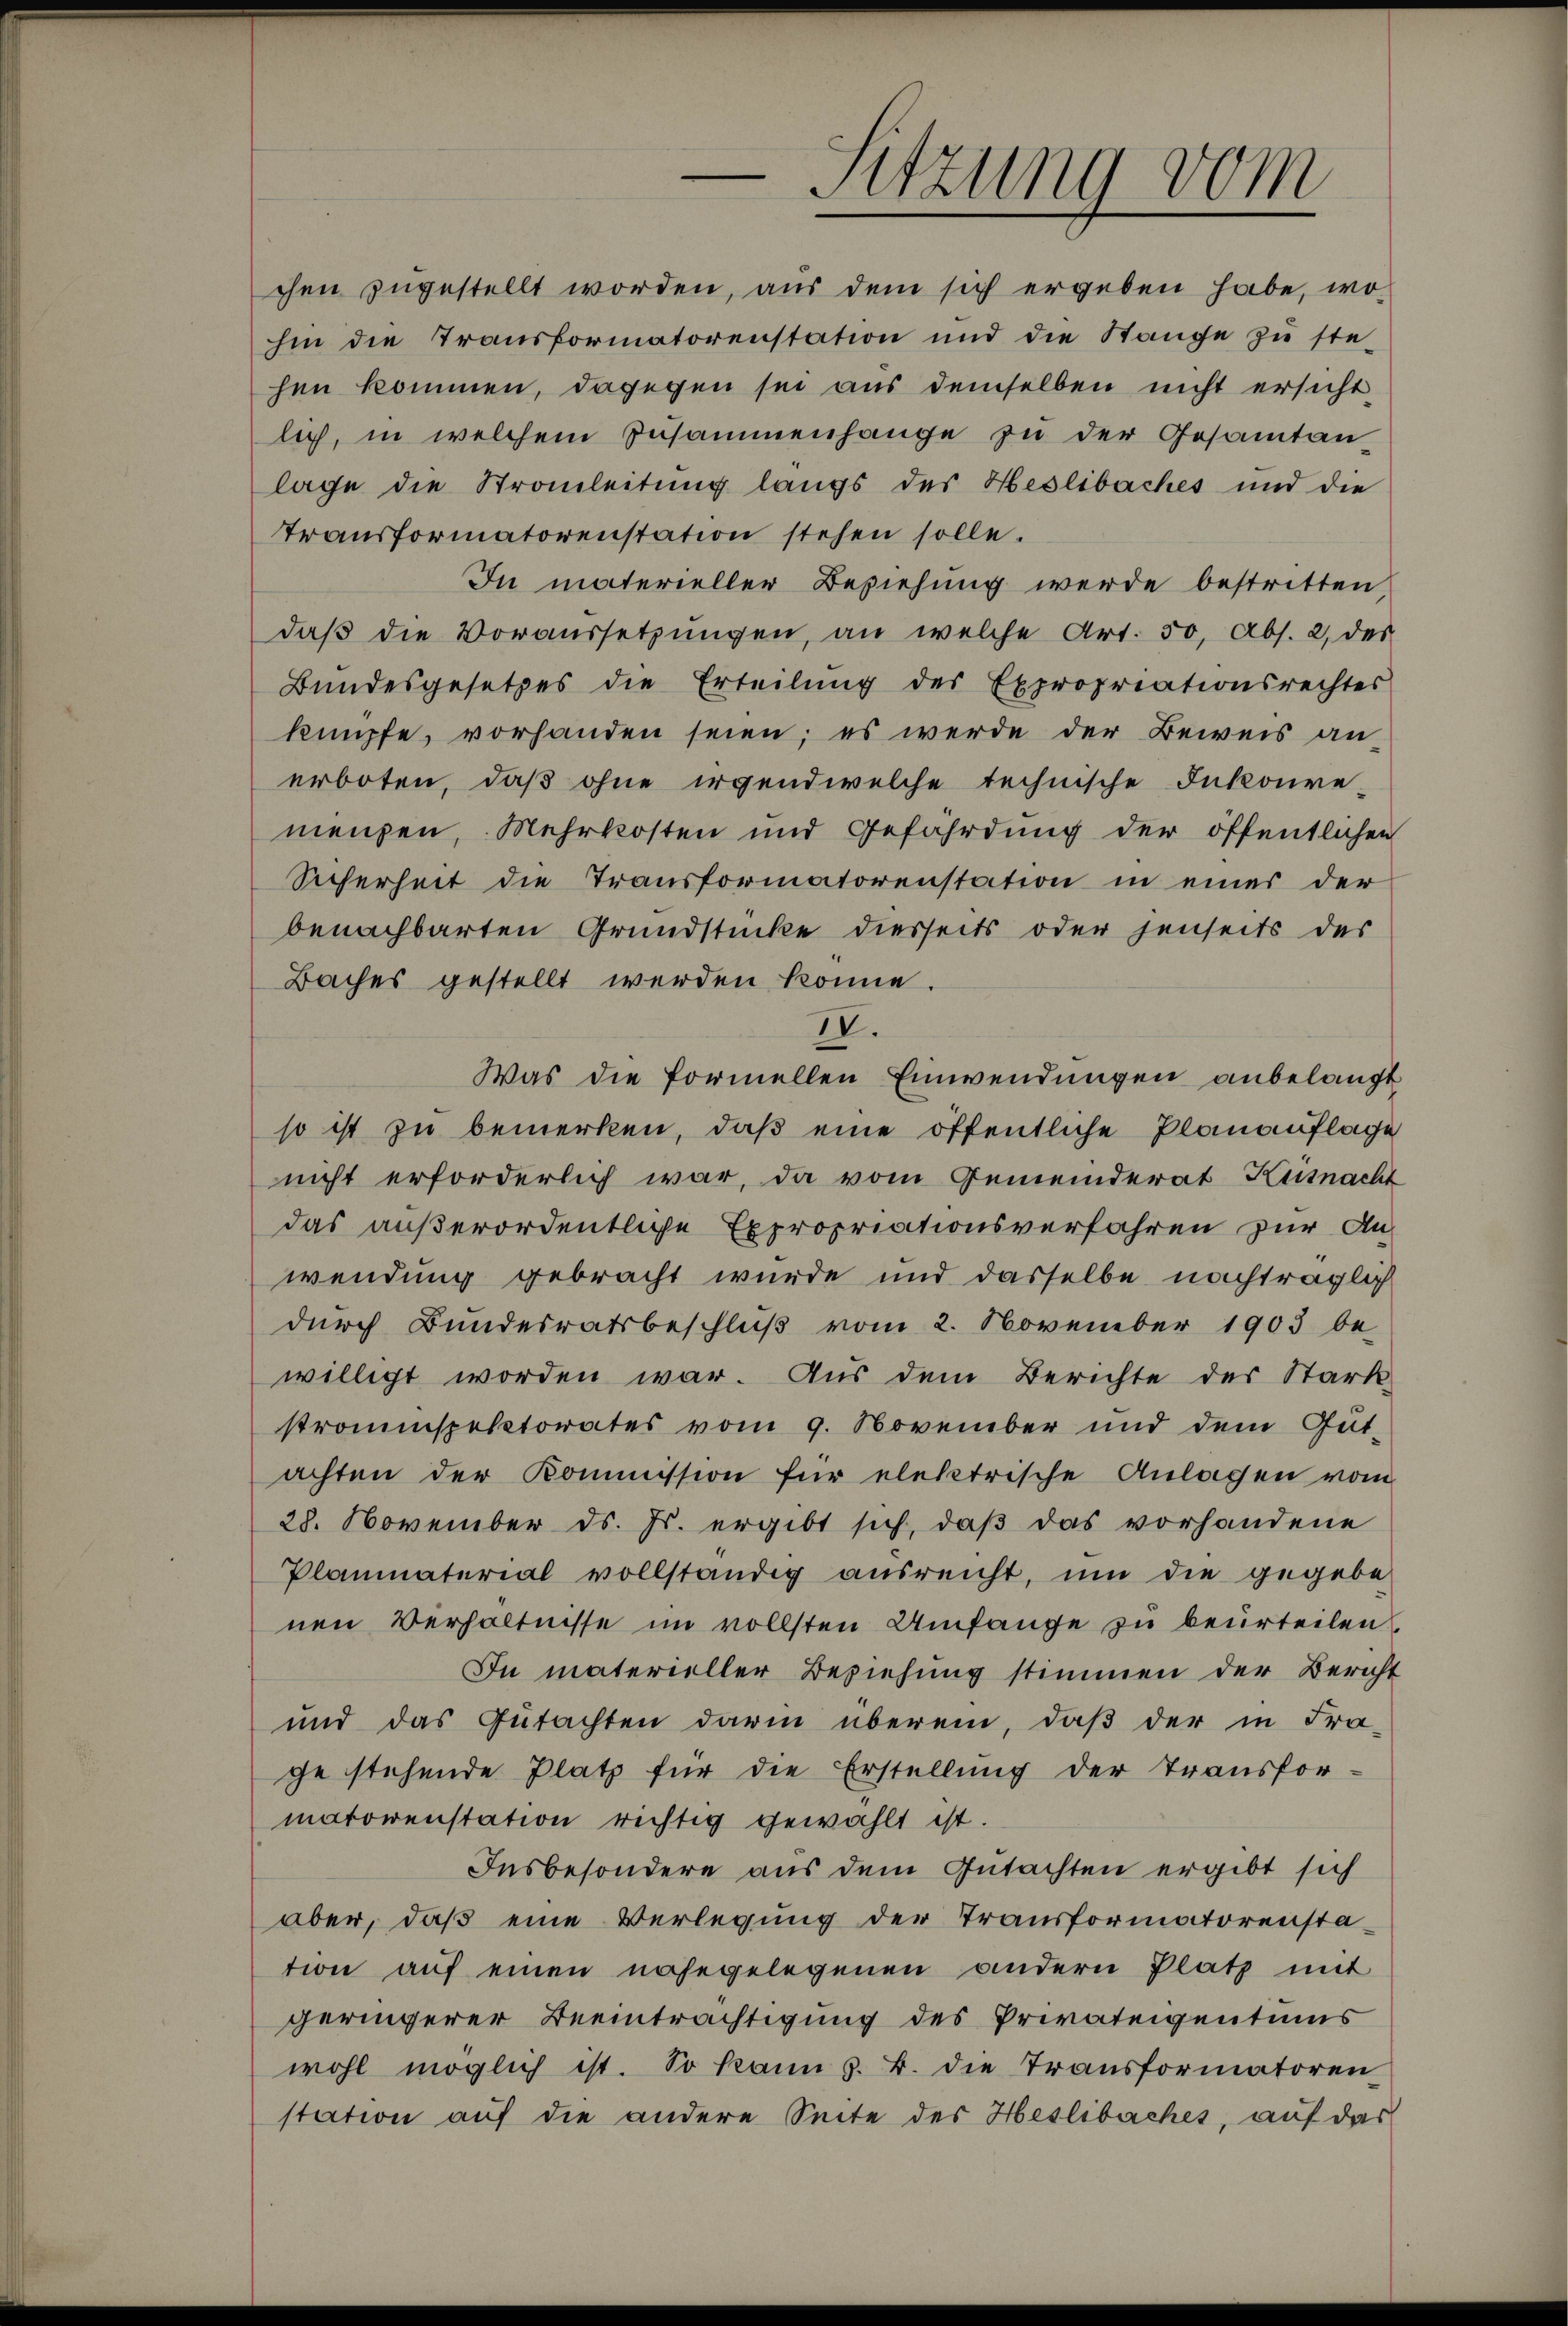
Sitzung vom

hin die Transformatorenstation und die Stange zŭ ste-
hen kommen, dagegen sei aus demselben nicht ersicht-
lich, in welchem Zusammenhange zŭ der Gesamtan
lage die Strauleitung längs des Heslibaches und die
transformatorenstation stehen solle.
In materieller Beziehung werde bestritten,
daß die Voraussetzungen, an welche Art. 50, Abs. 2, des
Bundesgesetzes die Erteilŭng der Expropriationsrechtes
knüpfe, vorhanden seien; es werde der Beweis anerboten, daß ohne irgendwelche technische Inkonve-
mienzen, Mehrkosten und Gefährdung der öffentlichen
Sicherheit die Transformatorenstation in einer der
benachbarten Grundstücke diesseits oder jenseits des
Baches gestellt werden könne.
IV.
Was die formellen Einwendungen anbelangt
so ist zu bemerken, daß eine öffentliche Planauflage
nicht erforderlich war, da vom Gemeinderat Küsnacht
das außerordentliche Expropriationsverfahren zur An-
wendung gebracht wurde und dasselbe nachträglich
durch Bundesratsbeschlŭβ vom 2. November 1903 be-
willigt worden war. Aus dem Berichte des Stark-
stromespektorates vom 9. November und dem Gut-
achten der Kommission für elektrische Anlagen vom
28. November ds. Js. ergibt sich, daß das vorhandene
Planmaterial vollständig ausreicht, um die gegebe
nen Verhältnisse im vollsten Umfange zu beurteilen
In materieller Beziehung stimmen der Bericht
und das Gutachten darin überein, daß der in Fra-
ge stehende Platz für die Erstellŭng der Transfor-
matorenstation richtig gewählt ist.
Insbesondere aus dem Gutachten ergibt sich
aber, daß eine Verlegung der Transformatorenstation auf einen nahegelegenen andern Platz mit
geringerer Beeinträchtigung des Privateigentums
wohl möglich ist. So kann z. B. die Transformatoren
station auf die andere Seite des Heslibaches, auf das

chen zugestellt worden, aus dem sich ergeben habe, wo-